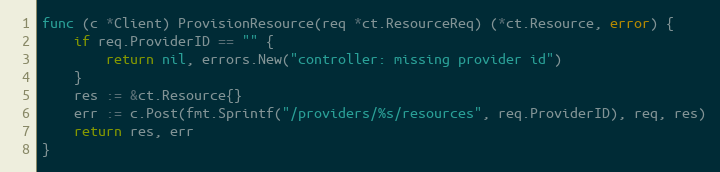
Language: Go
func (c *Client) ProvisionResource(req *ct.ResourceReq) (*ct.Resource, error) {
	if req.ProviderID == "" {
		return nil, errors.New("controller: missing provider id")
	}
	res := &ct.Resource{}
	err := c.Post(fmt.Sprintf("/providers/%s/resources", req.ProviderID), req, res)
	return res, err
}